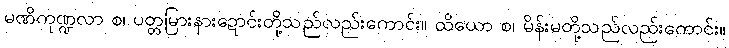
မဏိကုဏ္ဍလာ စ၊ ပတ္တမြားနားဍောင်းတို့သည်လည်းကောင်း။ ထိယော စ၊ မိန်းမတို့သည်လည်းကောင်း။